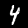
Label: 4